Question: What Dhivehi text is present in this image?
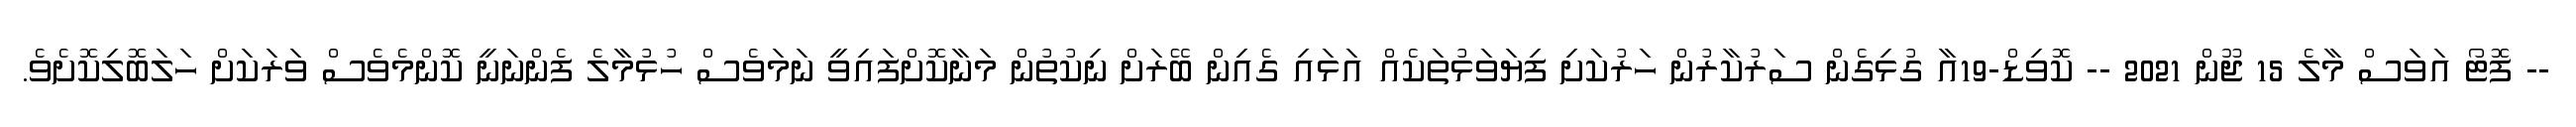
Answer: -- ފޮޓޯ އަވަސް މާލެ 15 ޖޫން 2021 -- ކޮވިޑް-19އާ ގުޅިގެން ސަރުކާރުން ހަރުކަށި ފިޔަވަޅުތަކެއް އަޅައި ގެއިން ބޭރަށް ނިކުތުން މަނާކޮށްފައިވީ ނަމަވެސް ހުޅުމާލެ ފެންނަނީ ކޮންމެވެސް ވަރަކަށް ހަލަބޮލިކޮށެވެ.